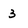
Character: 3